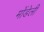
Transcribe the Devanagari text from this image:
मोंडेली